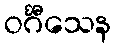
ဝင်္ဂီသေန